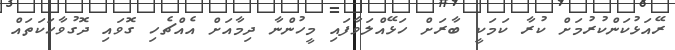
ރޭއަޅުކަންކުރުމަށް ކުރާ ކަމަކީ ބާރަށް ހަޅޭއްލަވާފައި މީހުންނާ ދިމާއަށް އެއްޗެހި ގޮވައި ދޮގުވާހަކަތައް